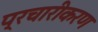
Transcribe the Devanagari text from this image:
प्रचारीकरण